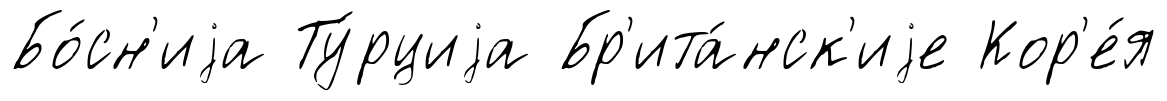
Бо́сн'иjа Ту́рциjа Бр'ита́нск'иjе Кор'е́я